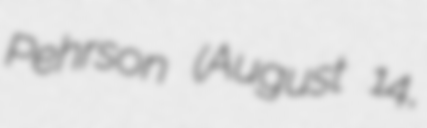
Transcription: Pehrson (August 14,